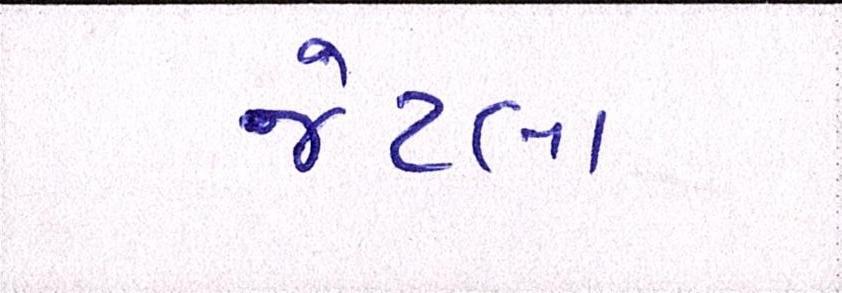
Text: જેટલા